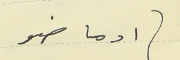
(ادما ضو